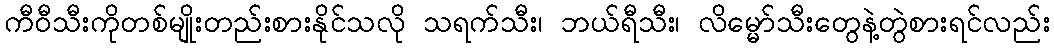
ကီဝီသီးကိုတစ်မျိုးတည်းစားနိုင်သလို သရက်သီး၊ ဘယ်ရီသီး၊ လိမ္မော်သီးတွေနဲ့တွဲစားရင်လည်း